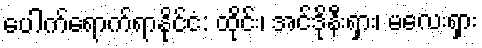
ပေါက်ရောက်ရာနိုင်ငံ: ထိုင်း၊ အင်ဒိုနီးရှား၊ မလေးရှား